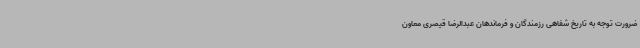
ضرورت توجه به تاریخ شفاهی رزمندگان و فرماندهان عبدالرضا قیصری معاون